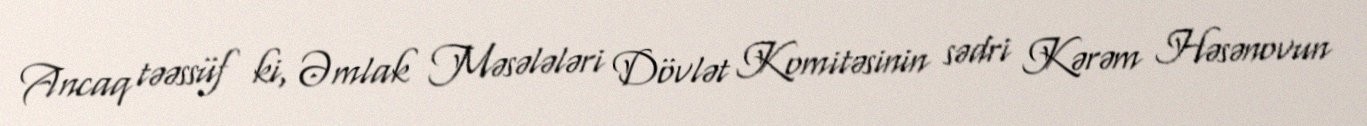
Ancaq təəssüf ki, Əmlak Məsələləri Dövlət Komitəsinin sədri Kərəm Həsənovun